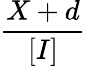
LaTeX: \frac{X+d}{[I]}